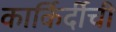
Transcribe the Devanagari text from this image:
कार्किर्दीची